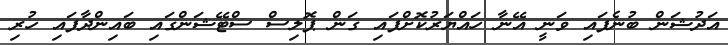
އަދުޝަން ބުނެފައި ވަނީ އޭނާ ހައްޔަރުކޮށްފައި ގަން ޕޮލިސް ސްޓޭޝަންގައި ބައިންދާފައި ހުރި